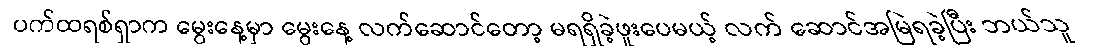
ပက်ထရစ်ရှာက မွေးနေ့မှာ မွေးနေ့ လက်ဆောင်တော့ မရရှိခဲ့ဖူးပေမယ့် လက် ဆောင်အမြဲရခဲ့ပြီး ဘယ်သူ